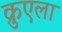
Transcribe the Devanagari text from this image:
क्रुएला